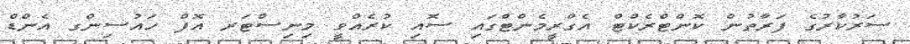
ސަރުކާރުގެ ފަރާތުން ކޮންޓްރެކްޓް އެގްރީމެންޓްގައި ސޮއި ކުރެއްވީ މިނިސްޓަރ އޮފް ހައުސިންގ އެންޑް